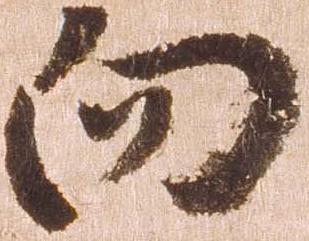
向